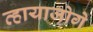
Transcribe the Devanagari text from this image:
व्हायाजोगे